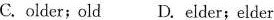
C. older;old D. Elder; elder